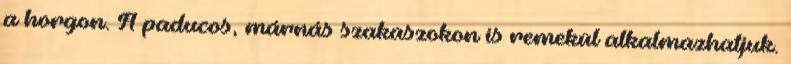
a horgon. A paducos, márnás szakaszokon is remekül alkalmazhatjuk.